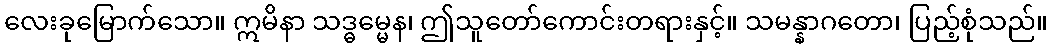
လေးခုမြောက်သော။ ဣမိနာ သဒ္ဓမ္မေန၊ ဤသူတော်ကောင်းတရားနှင့်။ သမန္နာဂတော၊ ပြည့်စုံသည်။